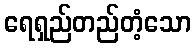
ရေရှည်တည်တံ့သော